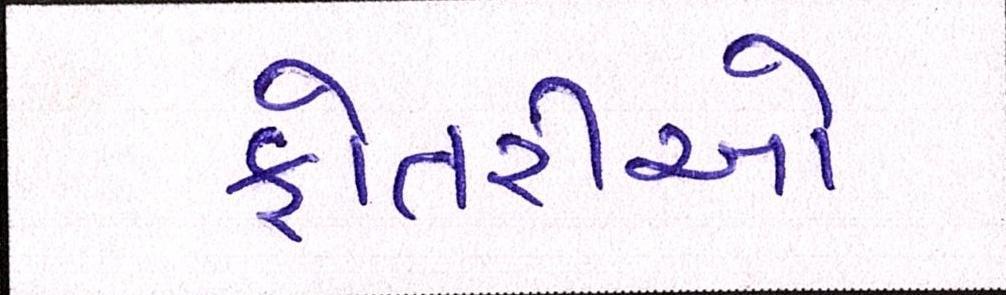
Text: ફોતરીઓ